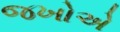
જખોએ